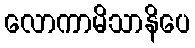
လောကာမိသာနိပေ